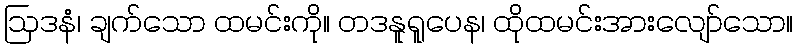
ဩဒနံ၊ ချက်သော ထမင်းကို။ တဒနူရူပေန၊ ထိုထမင်းအားလျော်သော။